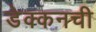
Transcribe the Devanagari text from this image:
डेक्कनची